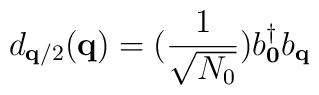
d_{ {\bf{q}}/2 }({\bf{q}}) = (\frac{1}{ \sqrt{N_{0}} })b^{\dagger}_{ {\bf{0}} }b_{ {\bf{q}} }